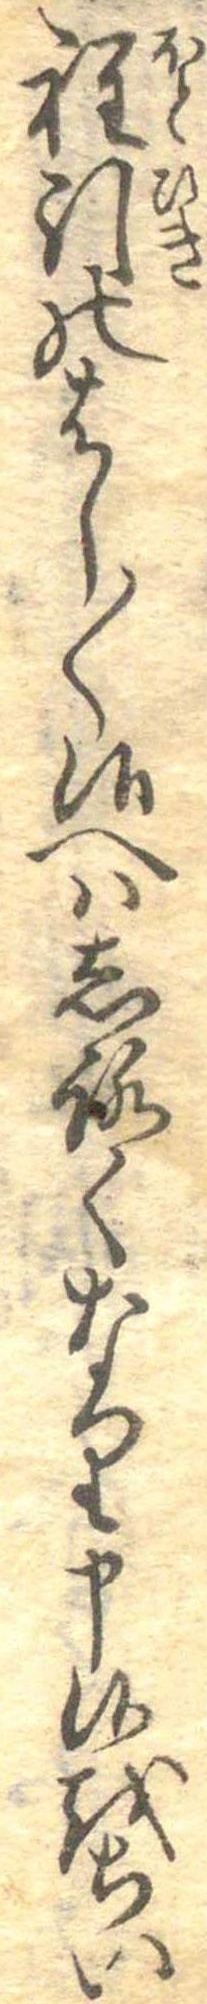
程引のはし〱候へはしろくなり申候をちい